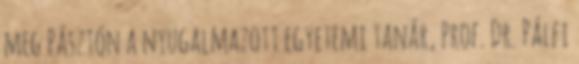
meg Pásztón a nyugalmazott egyetemi tanár, Prof. Dr. Pálfi